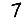
Digit: 7